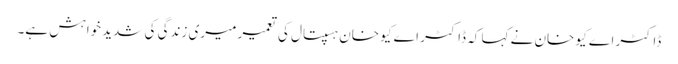
ڈاکٹر اے کیو خان نے کہا کہ ڈاکٹر اے کیو خان ہسپتال کی تعمیر میری زندگی کی شدید خواہش ہے۔